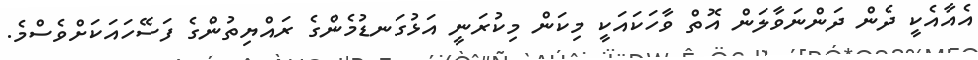
އެއާއެކީ ދެން ދަންނަވާލަން އޮތް ވާހަކައަކީ މިކަން މިކުރަނީ އަޅުގަނޑުމެންގެ ރައްޔިތުންގެ ފަސޭހައަކަށްވެސްމެ.